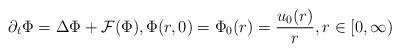
LaTeX: \begin{align*} \partial_{t}\Phi=\Delta\Phi+\mathcal F(\Phi), \Phi(r,0)=\Phi_0(r)=\frac{u_0(r)}{r},r\in \mathbb [0,\infty) \end{align*}